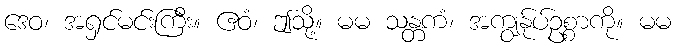
ဒေဝ၊ အရှင်မင်းကြီး။ ဧဝံ၊ ဤသို့။ မမ သန္တကံ၊ အကျွန်ုပ်ဥစ္စာကို။ မမ